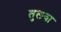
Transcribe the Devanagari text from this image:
तुलवा